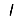
Digit: 1